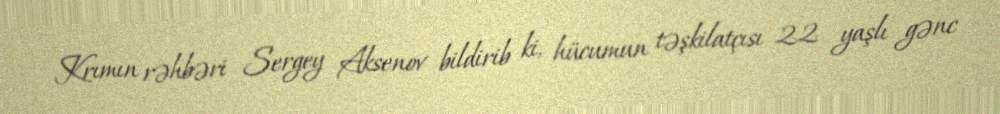
Krımın rəhbəri Sergey Aksenov bildirib ki, hücumun təşkilatçısı 22 yaşlı gənc